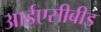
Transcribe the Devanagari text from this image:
आईएसीबीइ